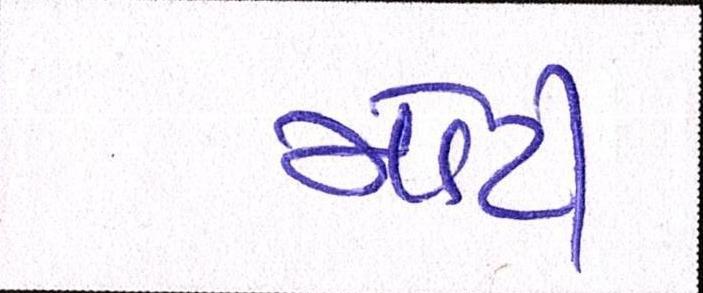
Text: મોટી